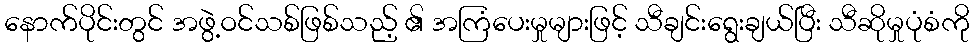
နောက်ပိုင်းတွင် အဖွဲ့ဝင်သစ်ဖြစ်သည့် ၏ အကြံပေးမှုများဖြင့် သီချင်းရွေးချယ်ပြီး သီဆိုမှုပုံစံကို